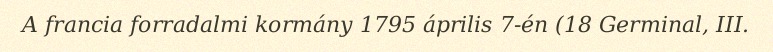
A francia forradalmi kormány 1795 április 7-én (18 Germinal, III.